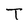
Character: T